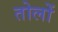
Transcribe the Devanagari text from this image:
तोलों